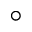
\circ